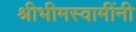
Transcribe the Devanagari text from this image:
श्रीभीमस्वामींनी